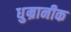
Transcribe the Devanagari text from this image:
धुम्रानीक